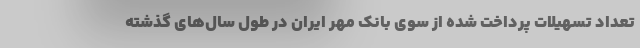
تعداد تسهیلات پرداخت شده از سوی بانک مهر ایران در طول سال‌های گذشته